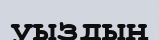
уыздың